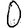
Digit: 0